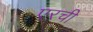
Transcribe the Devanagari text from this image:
एरची